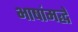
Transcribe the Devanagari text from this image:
भाषांमद्धे